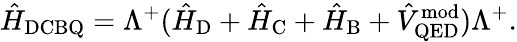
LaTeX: \hat{H}_{\mathrm{DCBQ}}=\Lambda^{+}(\hat{H}_{\mathrm{D}}+\hat{H}_{\mathrm{C}}+\hat{H}_{\mathrm{B}}+\hat{V}_{\mathrm{QED}}^{\mathrm{mod}})\Lambda^{+}.